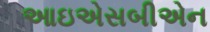
આઇએસબીએન